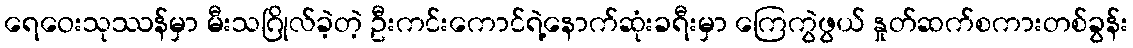
ရေဝေးသုဿန်မှာ မီးသဂြိုလ်ခဲ့တဲ့ ဦးကင်းကောင်ရဲ့နောက်ဆုံးခရီးမှာ ကြေကွဲဖွယ် နှုတ်ဆက်စကားတစ်ခွန်း